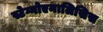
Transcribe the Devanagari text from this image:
स्टेग्नोएनालिसिस